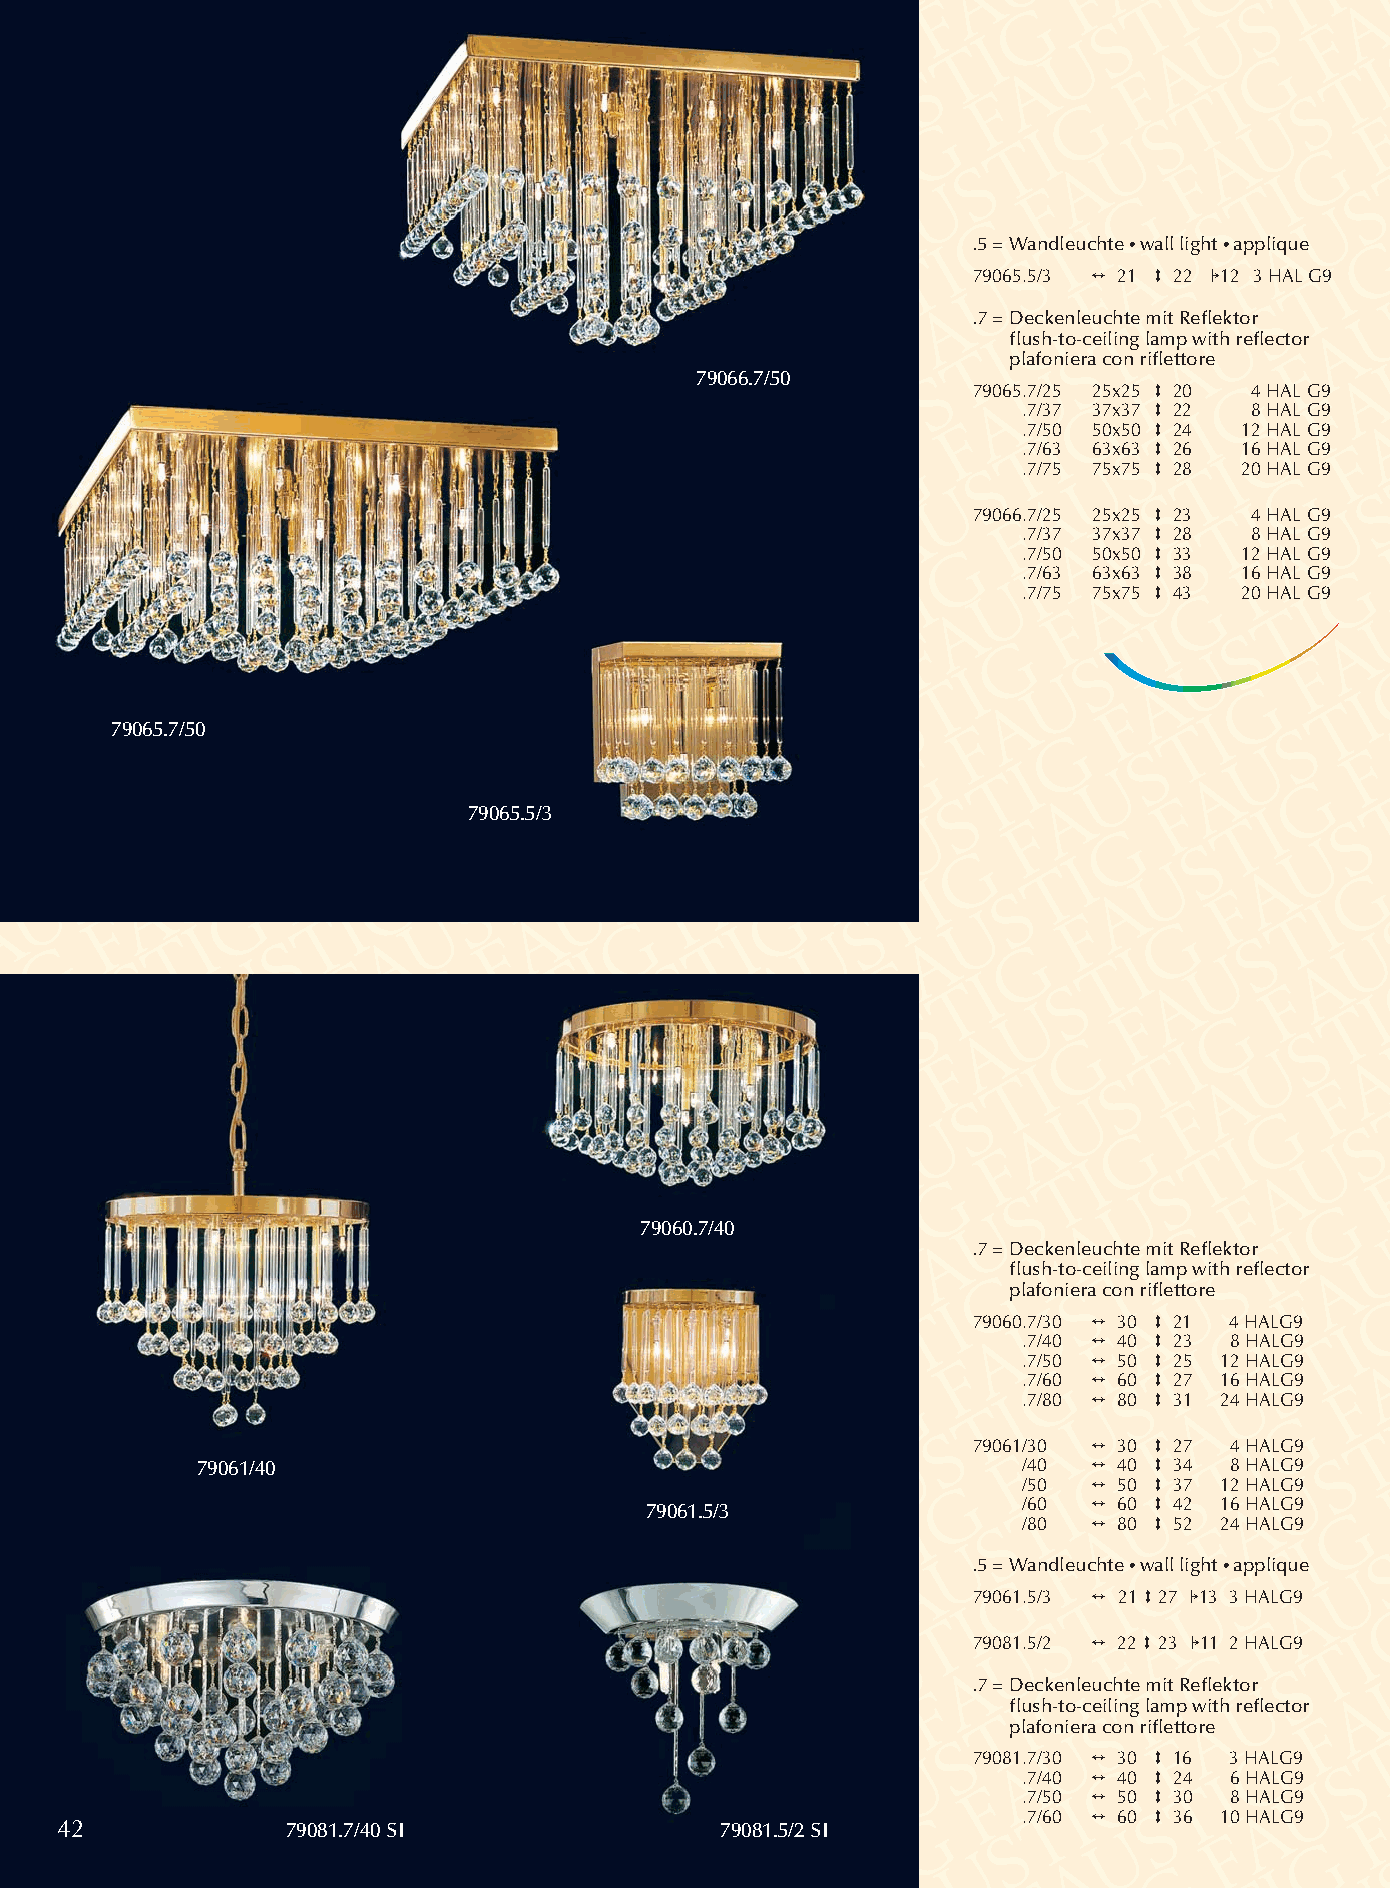
.5 = Wandleuchte •wall light •applique
 79065.5/3 2 21 3 22 112 3HAL G9
 .7 =Deckenleuchte mit Reflektor
 flush-to-ceiling lamp with reflector
 plafoniera con riflettore
 79066.7/50
 79065.7/25 25x25 3 20 4HAL G9
 .7/37 37x37 3 22 8HAL G9
 .7/50 50x50 3 24 12HAL G9
 .7/63 63x63 3 26 16HAL G9
 .7/75 75x75 3 28 20HAL G9
 79066.7/25 25x25 3 23 4HAL G9
 .7/37 37x37 3 28 8HAL G9
 .7/50 50x50 3 33 12HAL G9
 .7/63 63x63 3 38 16HAL G9
 .7/75 75x75 3 43 20HAL G9
 79065.7/50
 79065.5/3
 79060.7/40
 .7 =Deckenleuchte mit Reflektor
 flush-to-ceiling lamp with reflector
 plafoniera con riflettore
 79060.7/30 2 30 3 21 4HALG9
 .7/40 2 40 3 23 8HALG9
 .7/50 2 50 3 25 12HALG9
 .7/60 2 60 3 27 16HALG9
 .7/80 2 80 3 31 24HALG9
 79061/30 2 30 3 27 4HALG9
 79061/40                                               /40 2 40 3 34 8HALG9
 /50 2 50 3 37 12HALG9
 /60 2 60 3 42 16HALG9
 79061.5/3
 /80 2 80 3 52 24HALG9
 .5 = Wandleuchte •wall light •applique
 79061.5/3 2 21327 113 3HALG9
 79081.5/2 2 22323 111 2HALG9
 .7 =Deckenleuchte mit Reflektor
 flush-to-ceiling lamp with reflector
 plafoniera con riflettore
 79081.7/30 2 30 3 16 3HALG9
 .7/40 2 40 3 24 6HALG9
 .7/50 2 50 3 30 8HALG9
 .7/60 2 60 3 36 10HALG9
 42             79081.7/40 SI                79081.5/2 SI